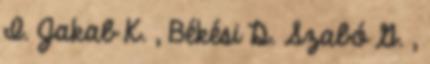
I. Jakab K. , Békési D. Szabó G. ,